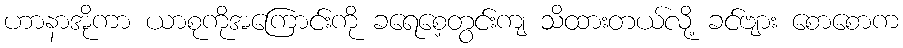
ဟာနာအိုကာ ယာစုကိုအကြောင်းကို ခရေစေ့တွင်းကျ သိထားတယ်လို့ ခင်ဗျား စောစောက